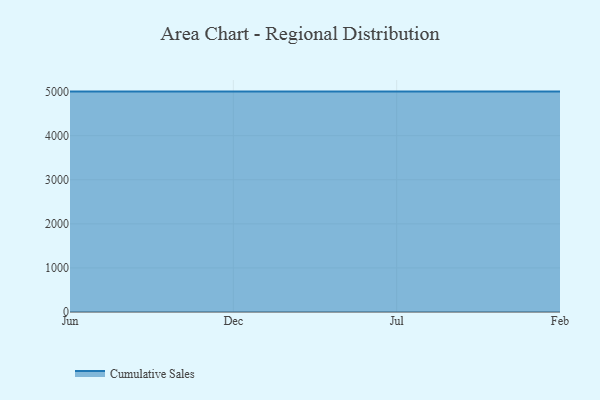
{"axis": {"x": "Month", "y": "Demand Index"}, "legend": ["Cumulative Sales"], "data": [{"x": "Jun", "y": 5000, "type": "Cumulative Sales"}, {"x": "Dec", "y": 5000, "type": "Cumulative Sales"}, {"x": "Jul", "y": 5000, "type": "Cumulative Sales"}, {"x": "Feb", "y": 5000, "type": "Cumulative Sales"}]}